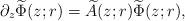
LaTeX: \begin{align*}\partial_{z} \widetilde \Phi(z;r) = \widetilde{A}(z;r)\widetilde \Phi(z;r),\end{align*}